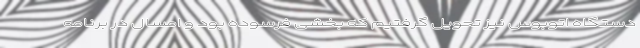
دستگاه اتوبوس نیز تحویل گرفتیم که بخشی فرسوده بود و امسال در برنامه